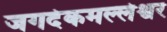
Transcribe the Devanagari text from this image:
जगदेकमल्लेश्वर